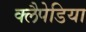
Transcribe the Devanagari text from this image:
क्लैपेडिया